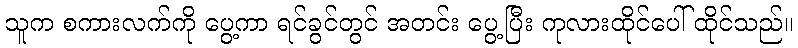
သူက စကားလက်ကို ပွေ့ကာ ရင်ခွင်တွင် အတင်း ပွေ့ပြီး ကုလားထိုင်ပေါ် ထိုင်သည်။